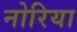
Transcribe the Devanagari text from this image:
नोरिया